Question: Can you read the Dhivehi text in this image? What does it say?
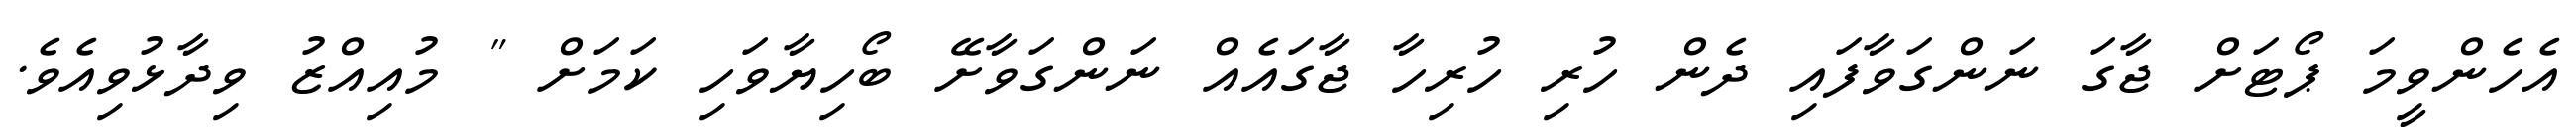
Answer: އެހެންވީމަ ޕޯޓަށް ޖާގަ ނަންގަވާފައި ދެން ހުރި ހުރިހާ ޖާގައެއް ނަންގަވާށޭ ބޯހިޔާވަހި ކަމަށް " މުއިއްޒު ވިދާޅުވިއެވެ.